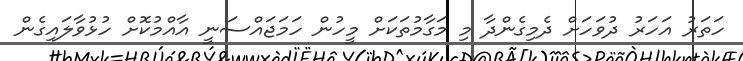
ހަތަރު އަހަރު ދުވަހަށް ދެމިގެންދާ މި މަގާމުތަކަށް މީހުން ހަމަޖައްސަނީ އާއްމުކޮށް ހުޅުވާލައިގެން